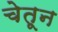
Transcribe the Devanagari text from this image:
चेतून